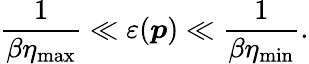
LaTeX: \frac{1}{\beta\eta_{\mathrm{max}}}\ll\varepsilon(\boldsymbol{p})\ll\frac{1}{\beta\eta_{\mathrm{min}}}.